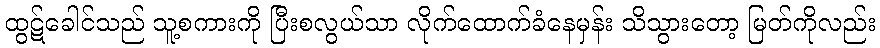
ထွဋ်ခေါင်သည် သူ့စကားကို ပြီးစလွယ်သာ လိုက်ထောက်ခံနေမှန်း သိသွားတော့ မြတ်ကိုလည်း